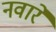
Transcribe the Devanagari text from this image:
नवार्रे